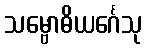
သမ္ဗောဓိယင်္ဂေသု